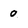
Character: 0